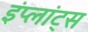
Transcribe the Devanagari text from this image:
इंप्लांट्स